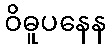
ဝိဓူပနေန